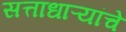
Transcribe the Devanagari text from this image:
सत्ताधाऱ्यांचे